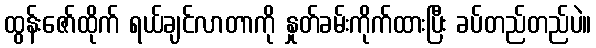
ထွန်းဇော်ထိုက် ရယ်ချင်လာတာကို နှုတ်ခမ်းကိုက်ထားပြီး ခပ်တည်တည်ပဲ။